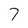
Character: 7